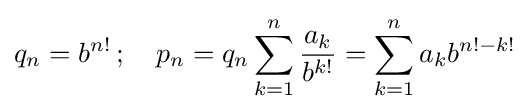
q_{n}=b^{n!}\,;\quad p_{n}=q_{n}\sum _{k=1}^{n}{\frac {a_{k}}{b^{k!}}}=\sum _{k=1}^{n}a_{k}b^{n!-k!}